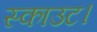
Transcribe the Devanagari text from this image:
स्काउट।